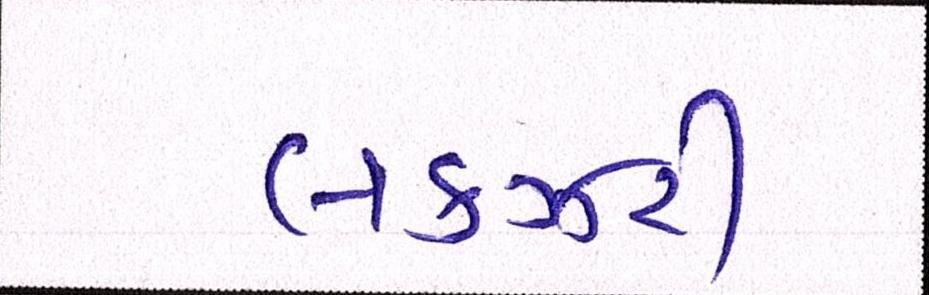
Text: લકઝરી